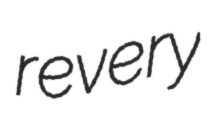
revery